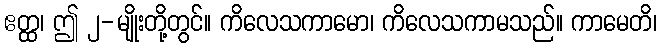
ဧတ္ထ၊ ဤ ၂-မျိုးတို့တွင်။ ကိလေသကာမော၊ ကိလေသကာမသည်။ ကာမေတိ၊